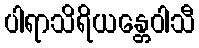
ပါရာသိရိယန္တေဝါသီ